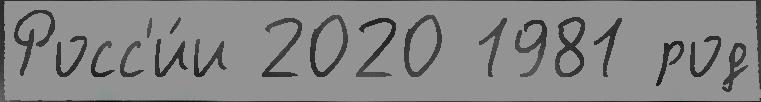
Росс'и́и 2020 1981 род